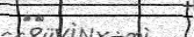
٦٩